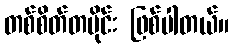
တစ်စိတ်တပိုင်း ဖြစ်ပါတယ်။